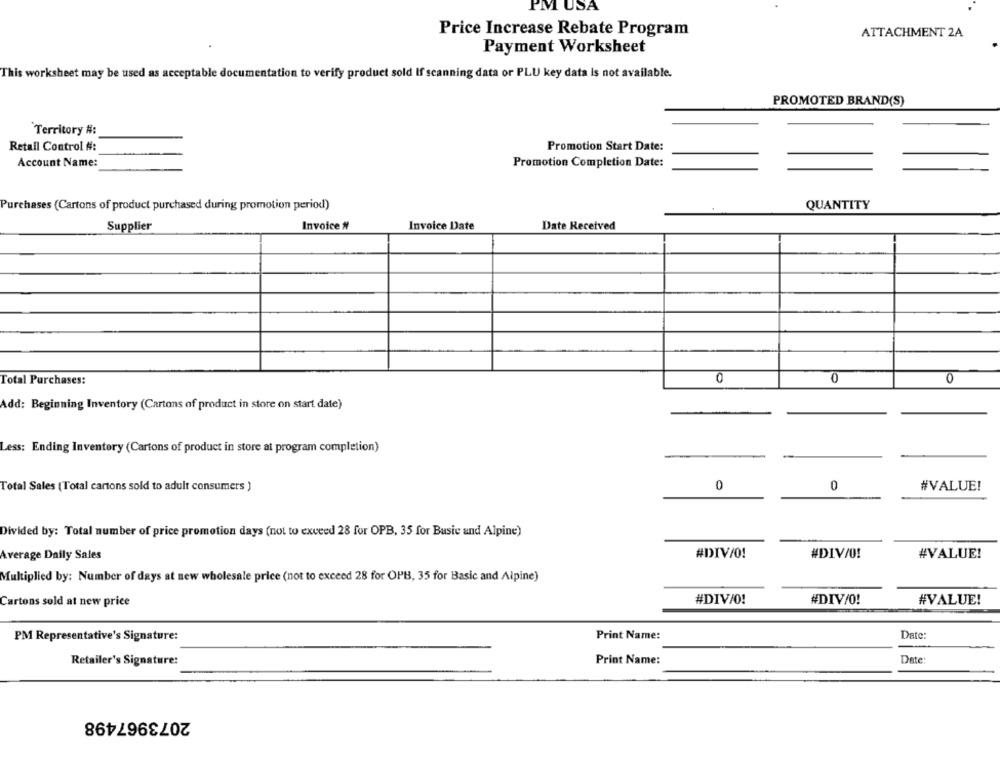
PM USA
Price Increase Rebate Program
ATTACHMENT 2A
Payment Worksheet
This worksheet may be used as acceptable documentation to verify product sold If scanning data or PLU key data Is not available.
PROMOTED BRAND(S)
Territory #:
Retail Control #:
Promotion Start Date:
Account Name:
Promotion Completion Date:
Purchases (Cartons of product purchased during promotion period)
QUANTITY
Supplier
Invoice #
Invoice Date
Date Received
Total Purchases:
0
0
0
Add: Beginning Inventory (Cartons of product in store on start date)
Less: Ending Inventory (Cartons of product in store at program completion)
Total Sales (Total cartons sold to adult consumers )
0
0
#VALUE!
Divided by: Total number of price promotion days (not to exceed 28 for OPB, 35 for Busic and Alpine)
Average Daily Sales
#DIV/0!
#DIV/0!
#VALUE!
Multiplied by: Number of days at new wholesale price (not to exceed 28 for OPB, 35 for Basic and Alpine)
#DIV/0!
#DIV/0!
#VALUE!
Cartons sold at new price
PM Representative's Signature:
Print Name:
Date:
Retailer's Signature:
Print Name:
Date:
2073967498